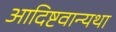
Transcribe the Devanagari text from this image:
आदिष्टवान्यथा